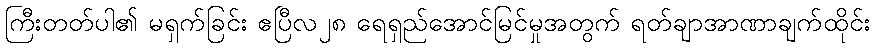
ကြီးတတ်ပါ၏ မရှက်ခြင်း ဧပြီလ၂၈ ရေရှည်အောင်မြင်မှုအတွက် ရတ်ချာအာဏာချက်ထိုင်း